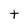
Character: t